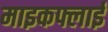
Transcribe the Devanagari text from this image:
माइकफ्लाई